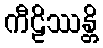
ကီဠိဿန္တိ